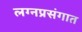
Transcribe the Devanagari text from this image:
लग्नप्रसंगात